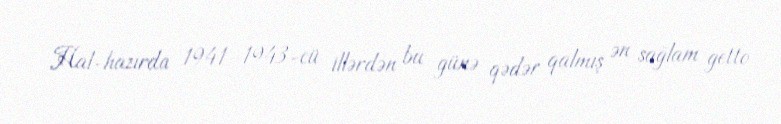
Hal-hazırda 1941–1943-cü illərdən bu günə qədər qalmış ən sağlam getto